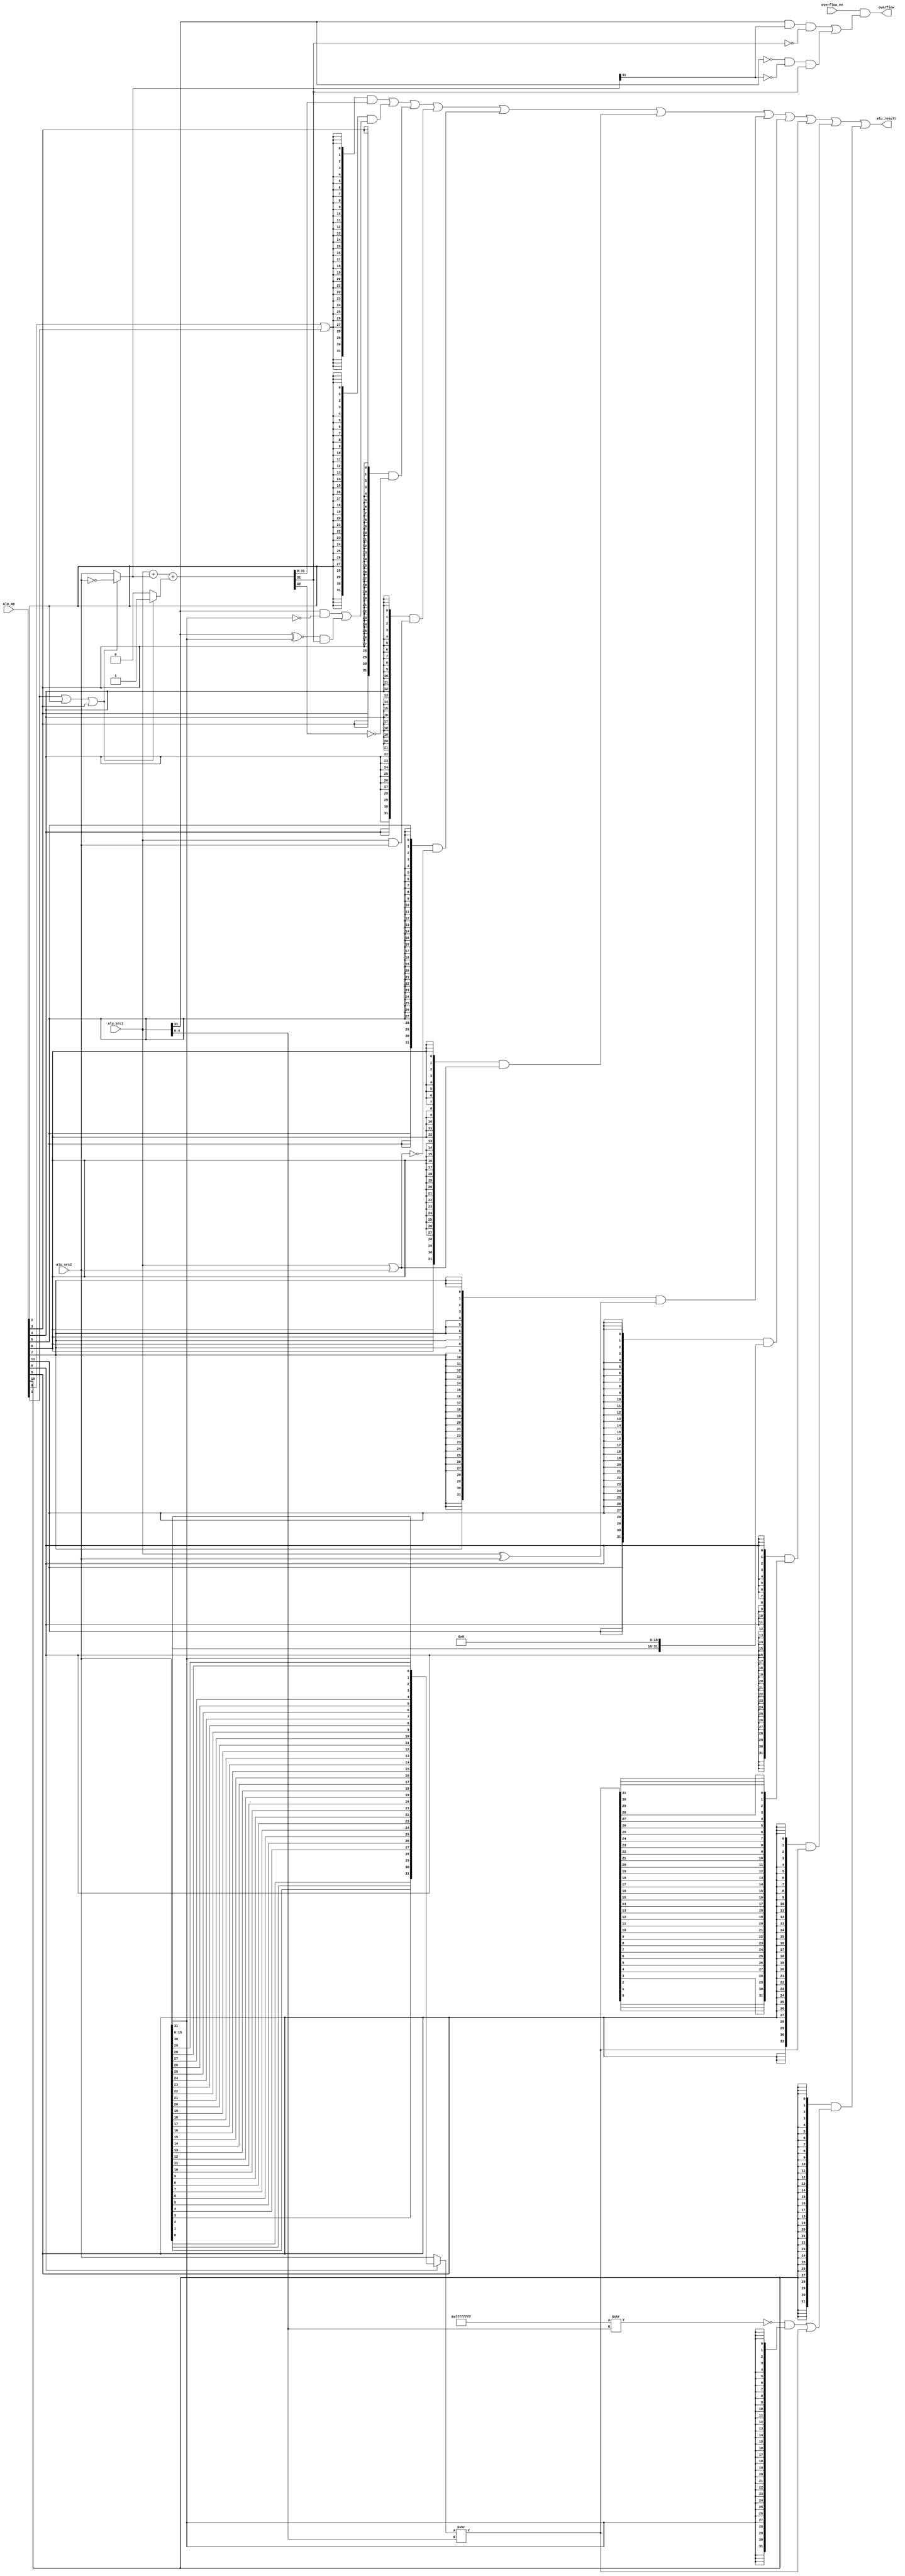
module alu_1(
  input  [15:0] alu_op,
  input  [31:0] alu_src1,
  input  [31:0] alu_src2,
  output [31:0] alu_result,
  //overflow
  input         overflow_en,
  output        overflow
);

wire op_add;   
wire op_sub;   
wire op_slt;   
wire op_sltu;  
wire op_and;   
wire op_nor;   
wire op_or;    
wire op_xor;   
wire op_sll;   
wire op_srl;   
wire op_sra;   
wire op_lui;   

// control code decomposition
assign op_add  = alu_op[ 0];
assign op_sub  = alu_op[ 1];
assign op_slt  = alu_op[ 2];
assign op_sltu = alu_op[ 3];
assign op_and  = alu_op[ 4];
assign op_nor  = alu_op[ 5];
assign op_or   = alu_op[ 6];
assign op_xor  = alu_op[ 7];
assign op_sll  = alu_op[ 8];
assign op_srl  = alu_op[ 9];
assign op_sra  = alu_op[10];
assign op_lui  = alu_op[11];



wire [31:0] add_sub_result; 
wire [31:0] slt_result; 
wire [31:0] sltu_result;
wire [31:0] and_result;
wire [31:0] nor_result;
wire [31:0] or_result;
wire [31:0] xor_result;
wire [31:0] lui_result;
wire [31:0] sll_result; 
wire [63:0] sr64_result; 
wire [31:0] sr_result; 
wire [31:0] srl_result;
wire [31:0] sra_result;

// 32-bit adder
wire [31:0] adder_a;
wire [31:0] adder_b;
wire        adder_cin;
wire [31:0] adder_result;
wire        adder_cout;

assign adder_a   = alu_src1;
assign adder_b   = (op_sub | op_slt | op_sltu) ? ~alu_src2 : alu_src2;
assign adder_cin = (op_sub | op_slt | op_sltu) ? 1'b1      : 1'b0;
assign {adder_cout, adder_result} = adder_a + adder_b + adder_cin;
assign overflow = overflow_en & ((adder_a[31] & adder_b[31] & !adder_result[31]) | (!adder_a[31] & !adder_b[31] & adder_result[31]));

// ADD, SUB result
assign add_sub_result = adder_result;

// SLT result
assign slt_result[31:1] = 31'b0;
assign slt_result[0]    = (alu_src1[31] & ~alu_src2[31])
                        | ((alu_src1[31] ~^ alu_src2[31]) & adder_result[31]);

// SLTU result
assign sltu_result[31:1] = 31'b0;
assign sltu_result[0]    = ~adder_cout;

// bitwise operation
assign and_result = alu_src1 & alu_src2;
assign or_result  = alu_src1 | alu_src2;
assign nor_result = ~or_result;
assign xor_result = alu_src1 ^ alu_src2;
assign lui_result = {alu_src2[15:0], 16'b0};

// SLL result 


// SRL, SRA result
assign sr64_result = {{32{op_sra & alu_src2[31]}}, alu_src2[31:0]} >> alu_src1[4:0];

assign sr_result   = sr64_result[30:0];
// assign srl_result = alu_src2[31:0] >> alu_src1[4:0];
// assign sra_result = $signed(alu_src2[31:0]) >>> alu_src1[4:0];

wire [31:0] shift_src;
wire [31:0] shift_result;
wire [31:0] mask;

assign shift_src = op_sll ? {
  alu_src2[0] ,alu_src2[1] ,alu_src2[2] ,alu_src2[3] ,alu_src2[4] ,alu_src2[5] ,alu_src2[6] ,alu_src2[7] ,
  alu_src2[8] ,alu_src2[9] ,alu_src2[10] ,alu_src2[11] ,alu_src2[12] ,alu_src2[13] ,alu_src2[14] ,alu_src2[15] ,
  alu_src2[16] ,alu_src2[17] ,alu_src2[18] ,alu_src2[19] ,alu_src2[20] ,alu_src2[21] ,alu_src2[22] ,alu_src2[23] ,
  alu_src2[24] ,alu_src2[25] ,alu_src2[26] ,alu_src2[27] ,alu_src2[28] ,alu_src2[29] ,alu_src2[30] ,alu_src2[31]
} : alu_src2[31:0];

assign shift_result = shift_src >> alu_src1[4:0];
assign srl_result = shift_result;

assign sll_result = {
  shift_result[0] ,shift_result[1] ,shift_result[2] ,shift_result[3] ,shift_result[4] ,shift_result[5] ,shift_result[6] ,shift_result[7] ,
  shift_result[8] ,shift_result[9] ,shift_result[10] ,shift_result[11] ,shift_result[12] ,shift_result[13] ,shift_result[14] ,shift_result[15] ,
  shift_result[16] ,shift_result[17] ,shift_result[18] ,shift_result[19] ,shift_result[20] ,shift_result[21] ,shift_result[22] ,shift_result[23] ,
  shift_result[24] ,shift_result[25] ,shift_result[26] ,shift_result[27] ,shift_result[28] ,shift_result[29] ,shift_result[30] ,shift_result[31]
};

assign mask = ~(32'hffffffff >> alu_src1[4:0]);
assign sra_result = (mask & {32{alu_src2[31]}}) | shift_result;

// final result mux
assign alu_result = ({32{op_add|op_sub }} & {add_sub_result})
                  | ({32{op_slt        }} & {slt_result})
                  | ({32{op_sltu       }} & {sltu_result})
                  | ({32{op_and        }} & {and_result})
                  | ({32{op_nor        }} & {nor_result})
                  | ({32{op_or         }} & {or_result})
                  | ({32{op_xor        }} & {xor_result})
                  | ({32{op_lui        }} & {lui_result})
                  | ({32{op_sll        }} & {sll_result})
                  | ({32{op_srl        }} & {srl_result})
                  | ({32{op_sra        }} & {sra_result});


endmodule